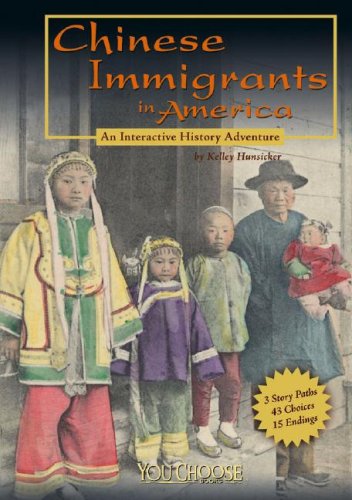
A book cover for Chinese Immigrants in America: An Interactive History Adventure (You Choose: History); Kelley Hunsicker; Children's Books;